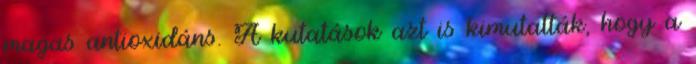
magas antioxidáns. A kutatások azt is kimutatták, hogy a